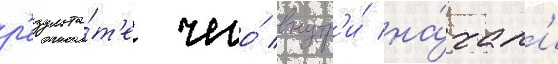
р'езульта́т'е чего́ внутр'и́ на́чал'и